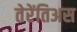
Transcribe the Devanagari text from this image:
तेरेंतिअस